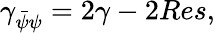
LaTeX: \gamma_{\bar{\psi}\psi}=2\gamma-2Res,